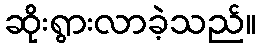
ဆိုးရွားလာခဲ့သည်။